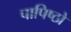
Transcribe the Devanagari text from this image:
पापिष्ठो